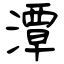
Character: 潭